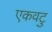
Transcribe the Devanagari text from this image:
एकवटु